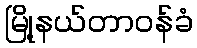
မြို့နယ်တာဝန်ခံ